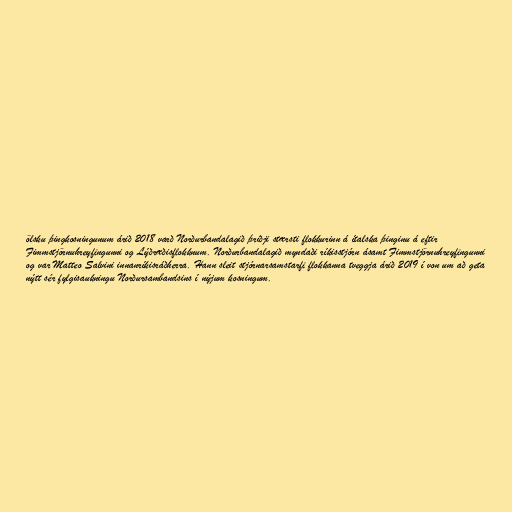
ölsku þingkosningunum árið 2018 varð Norðurbandalagið þriðji stærsti flokkurinn á ítalska þinginu á eftir
Fimmstjörnuhreyfingunni og Lýðræðisflokknum. Norðurbandalagið myndaði ríkisstjórn ásamt Fimmstjörnuhreyfingunni
og var Matteo Salvini innanríkisráðherra. Hann sleit stjórnarsamstarfi flokkanna tveggja árið 2019 í von um að geta
nýtt sér fylgisaukningu Norðursambandsins í nýjum kosningum.